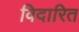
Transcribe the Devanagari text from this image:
विदारित